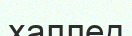
халлед